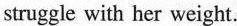
struggle with her weight.